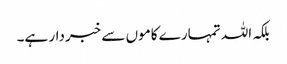
بلکہ اللہ تمہارے کاموں سے خبردار ہے۔